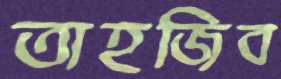
তাহজিব